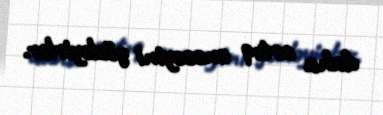
daha artıq enəcəyini gözləyirlər.